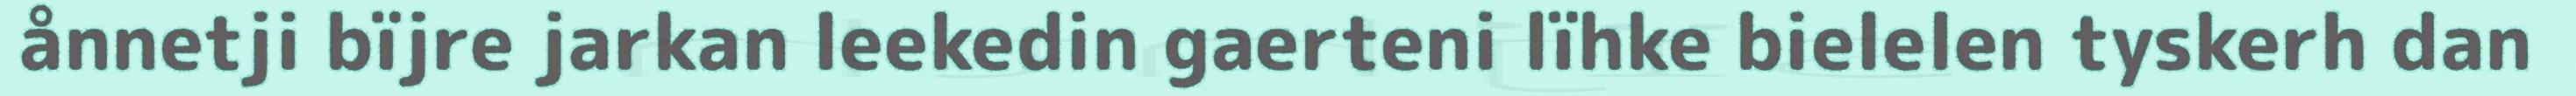
ånnetji bïjre jarkan leekedin gaerteni lïhke bielelen tyskerh dan